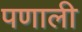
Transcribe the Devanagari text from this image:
पणाली